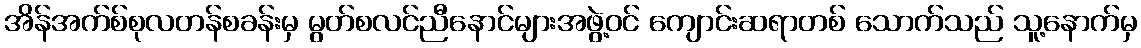
အိန်အက်စ်စုလတန်စခန်းမှ မွတ်စလင်ညီနောင်များအဖွဲ့ဝင် ကျောင်းဆရာတစ် သောက်သည် သူ့နောက်မှ